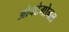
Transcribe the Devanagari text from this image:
ओक्टेगोनल